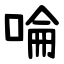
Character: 㖮